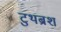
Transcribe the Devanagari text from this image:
टुथब्रश